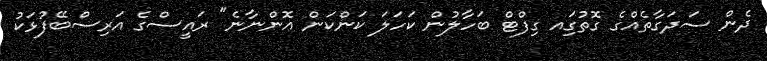
ދެން ސަދަގާތެއްގެ ގޮތުގަިއ ގިފްޓް ބަހާލުން ކަހަލަ ކަންކަން އޮންނާނެ" ރައީސްގެ އަރިސްބޭފުޅަކު